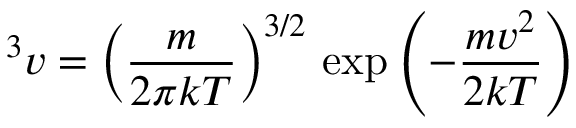
^ 3 v = \left( \frac { m } { 2 \pi k T } \right) ^ { 3 / 2 } \, \exp \left( - \frac { m v ^ { 2 } } { 2 k T } \right) ~